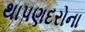
થાપણદરોના